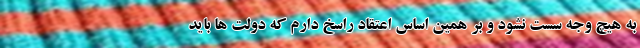
به هیچ وجه سست نشود و بر همین اساس اعتقاد راسخ دارم که دولت ها باید